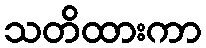
သတိထားကာ